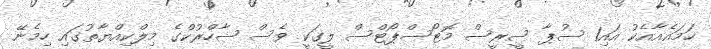
ހަމައެއާއެކު އައި1 ސުޕާ ސީރީސް މޮޓޯސްޕޯޓްސް ލީގަކީ ވެސް ޝާހްރުކްގެ މިލްކިއްޔާތުގައި ހިމެނޭ